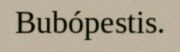
Bubópestis.